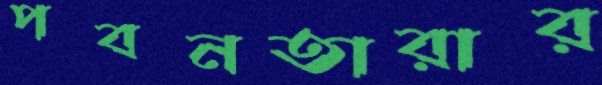
পবনতারার